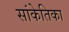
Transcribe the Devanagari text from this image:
सांकेतिका